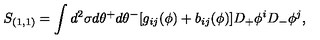
S _ { ( 1 , 1 ) } = \int d ^ { 2 } \sigma d \theta ^ { + } d \theta ^ { - } [ g _ { i j } ( \phi ) + b _ { i j } ( \phi ) ] D _ { + } \phi ^ { i } D _ { - } \phi ^ { j } ,